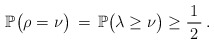
\begin{align*}\mathbb{P}\big( \rho =\nu\big) \,=\, \mathbb{P}\big(\lambda\ge \nu\big) \ge \frac{1}{\,2\,}\,.\end{align*}